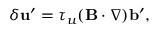
\delta { \bf { u } } ^ { \prime } = \tau _ { u } ( { \bf { B } } \cdot \nabla ) { \bf { b } } ^ { \prime } ,